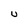
Character: U